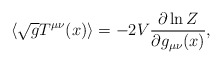
\begin{align*}\langle \sqrt{g} T^{\mu\nu}(x)\rangle = - 2 V{\partial \ln Z\over\partial g_{\mu\nu}(x)} ,\end{align*}